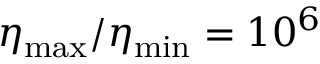
\eta _ { \mathrm { m a x } } / \eta _ { \mathrm { m i n } } = 1 0 ^ { 6 }